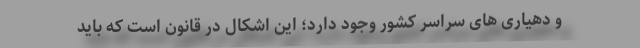
و دهیاری های سراسر کشور وجود دارد؛ این اشکال در قانون است که باید